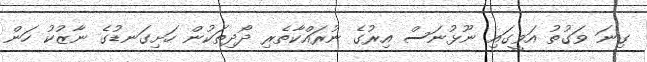
ގިނަ ވަގުތު އަވީގައި ނޫޅުނަސް އިރުގެ ނުރައްކާތެރި ދޯދިތަކުން ހަށިގަނޑުގެ ނާޒުކު ހަން